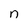
Character: n